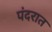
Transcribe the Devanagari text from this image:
पंदरात